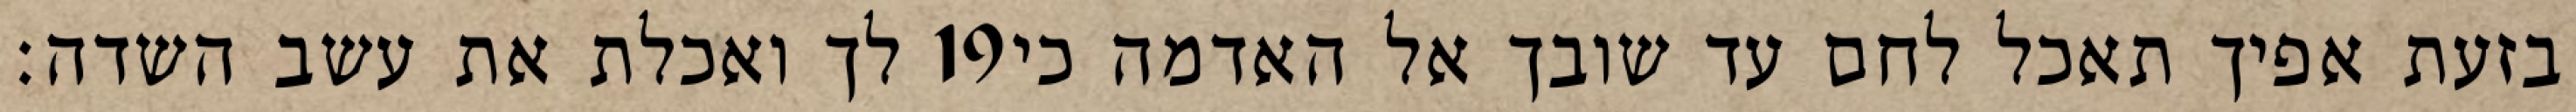
לך ואכלת את עשב השדה׃ ‎19‏ בזעת אפיך תאכל לחם עד שובך אל האדמה כי